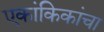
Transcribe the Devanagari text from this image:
एकांकिकांचा